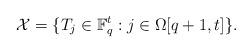
LaTeX: \begin{align*}\mathcal{X}=\{T_{j}\in \mathbb{F}_{q}^{t}: j\in \Omega[q+1,t]\}.\end{align*}